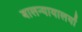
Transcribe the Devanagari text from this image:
बालन्यायालयों